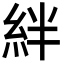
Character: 絆